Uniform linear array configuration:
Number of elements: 64
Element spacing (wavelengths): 1
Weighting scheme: binomial
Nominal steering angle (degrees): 15
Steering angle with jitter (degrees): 13.451
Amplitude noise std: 0.05
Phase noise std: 0.05

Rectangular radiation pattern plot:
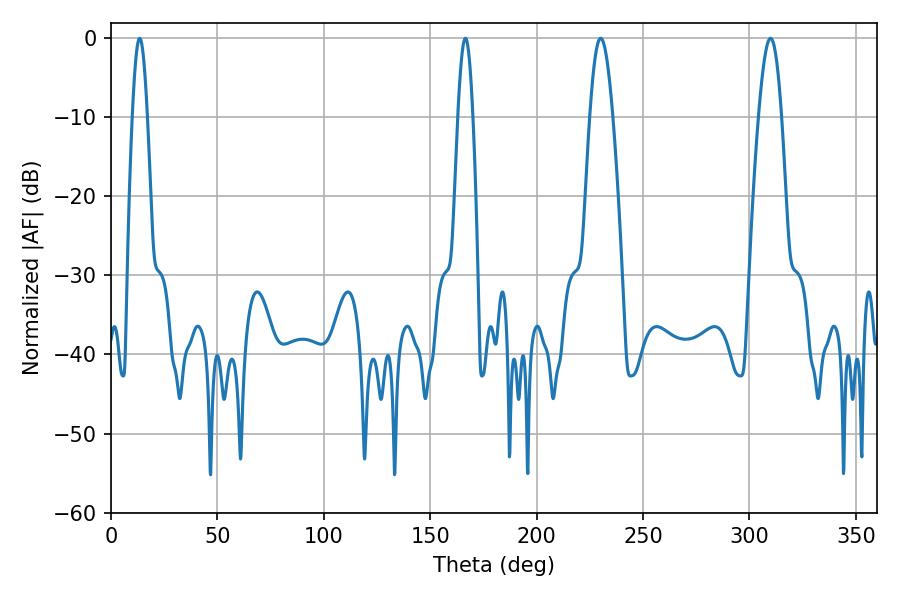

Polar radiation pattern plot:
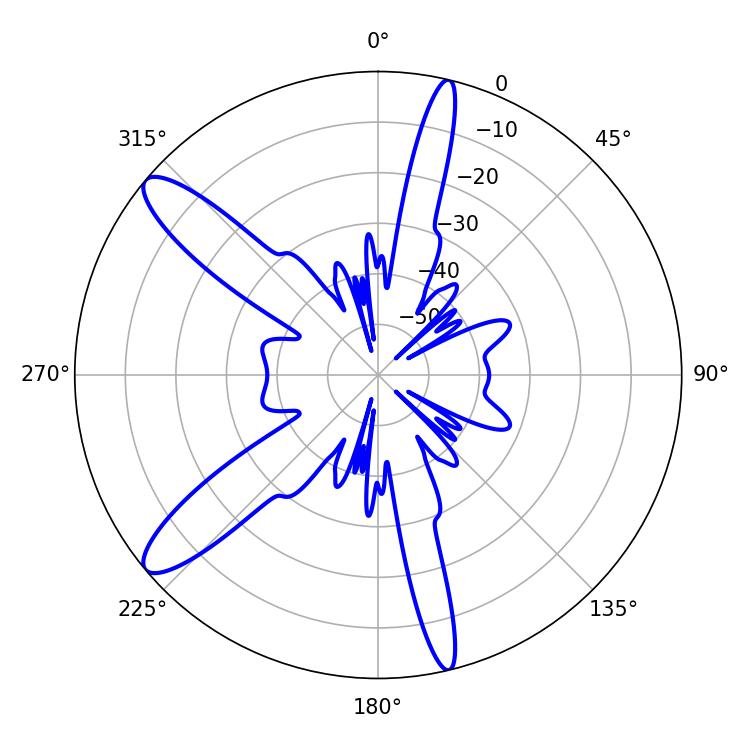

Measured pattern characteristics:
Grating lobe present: TRUE
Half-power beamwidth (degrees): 3.78
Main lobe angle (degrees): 13.5